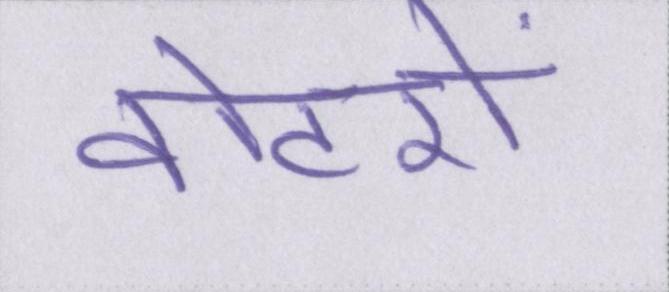
वोटरों